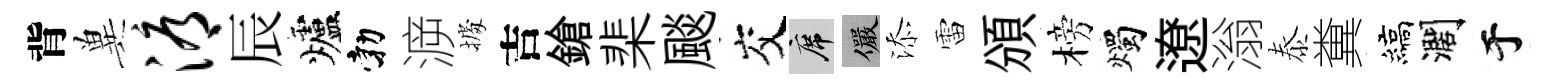
背兾溽辰爐勃㴑𢴃吉鎗棐颷交席儼添雷頒榜燭遼滃泰糞縞濶于